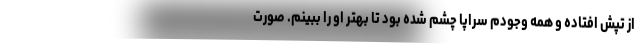
از تپش افتاده و همه وجودم سراپا چشم شده بود تا بهتر او را ببینم. صورت